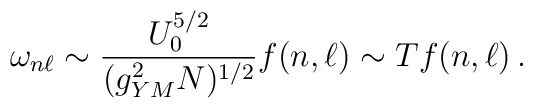
\omega_{n\ell} \sim {U_0^{5/2} \over (g^2_{YM} N)^{1/2}} f(n,\ell) \sim T f(n,\ell)\,.